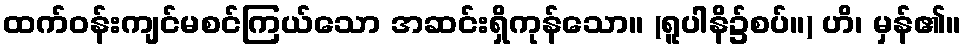
ထက်ဝန်းကျင်မစင်ကြယ်သော အဆင်းရှိကုန်သော။ (ရူပါနိ၌စပ်။) ဟိ၊ မှန်၏။